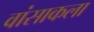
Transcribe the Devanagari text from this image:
वांसाकला